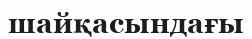
шайқасындағы